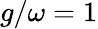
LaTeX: g/\omega=1